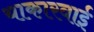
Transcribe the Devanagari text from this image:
याकारवाई